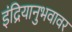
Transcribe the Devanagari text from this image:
इंद्रियानुभवावर